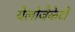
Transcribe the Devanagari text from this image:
येलोजैकेटों